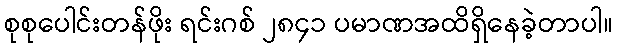
စုစုပေါင်းတန်ဖိုး ရင်းဂစ် ၂၈၄၁ ပမာဏအထိရှိနေခဲ့တာပါ။